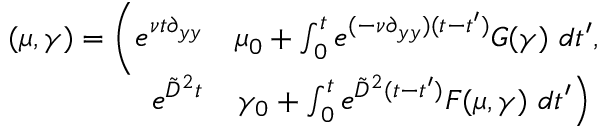
\begin{array} { r l } { ( \mu , \gamma ) = \bigg ( e ^ { \nu t \partial _ { y y } } } & { \mu _ { 0 } + \int _ { 0 } ^ { t } e ^ { ( - \nu \partial _ { y y } ) ( t - t ^ { \prime } ) } G ( \gamma ) \ d t ^ { \prime } , } \\ { e ^ { \tilde { D } ^ { 2 } t } } & { \left. \gamma _ { 0 } + \int _ { 0 } ^ { t } e ^ { \tilde { D } ^ { 2 } ( t - t ^ { \prime } ) } F ( \mu , \gamma ) \ d t ^ { \prime } \right) } \end{array}